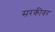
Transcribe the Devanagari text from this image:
सरकीवर